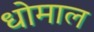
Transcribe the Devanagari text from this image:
धोमाल